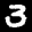
Label: 3